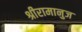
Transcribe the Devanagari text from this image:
श्रीरामानुज